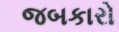
જબકારો